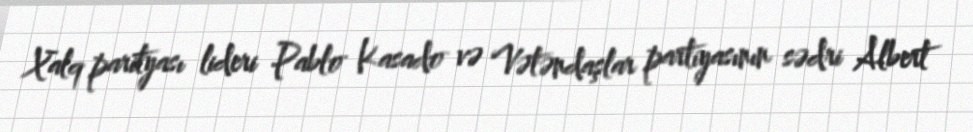
Xalq parityası lideri Pablo Kasado və Vətəndaşlar partiyasının sədri Albert